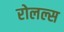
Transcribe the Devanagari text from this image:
रोलल्स